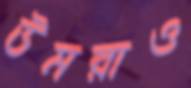
উমরাও